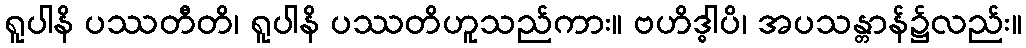
ရူပါနိ ပဿတီတိ၊ ရူပါနိ ပဿတိဟူသည်ကား။ ဗဟိဒ္ဓါပိ၊ အပသန္တာန်၌လည်း။